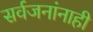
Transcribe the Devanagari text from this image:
सर्वजनांनाही